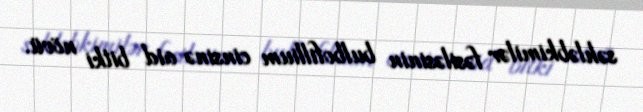
səhləbkimilər fəsiləsinin bulbofillium cinsinə aid bitki növü.